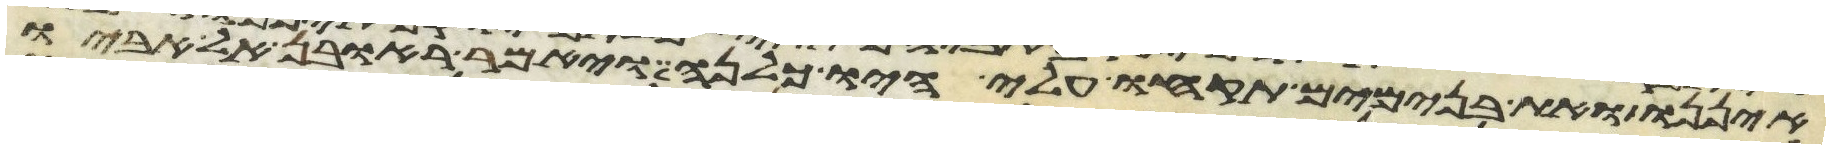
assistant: איננו ואת בנימים תקחו עלי היו כלנה ויאמר ראובן אל אביו